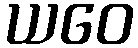
ယဝေ